system: You are a helpful assistant.
user:
Analyze the provided spectrum to determine if it is a **S-type Star**.

- **Key Indicators for S-type Star:**

    - **(Overall Spectrum Shape):** The first and most obvious characteristic is the overall continuum (the "baseline" shape). It is **extremely "red-sloping,"** meaning the flux (light intensity) is very low on the left side (blue, ~4000-4500 Å) and rises steeply and continuously toward the right side (red, ~7000 Å+).

    - **(Primary):** The spectrum is defined by the presence of strong, broad molecular absorption "valleys" (bands) from **Zirconium Oxide (ZrO)**. The identification of these bands is the **primary requirement** for classifying a star as S-type.
        - **(Key Bandheads):** You must find distinct, deep "dips" where the light has been absorbed. The most critical band systems to locate are:
            - **~6474 Å** ($\gamma$-system): This is often the strongest and clearest ZrO feature, found in the red part of the spectrum.
            - **~5718 Å** & **~5551 Å** ($\beta$-system): A pair of prominent absorption features in the yellow-orange part of the spectrum.
            - **~4640 Å** ($\alpha$-system): A key absorption band system in the blue-green region of the spectrum.

    - **(Secondary Confirmation):** The classification is strengthened by finding additional absorption bands from other related heavy element oxides, which are expected to be present alongside ZrO.
        - **(Key Bandheads):**
            - **Yttrium Oxide (YO):** Look for absorption dips near **~4800 Å** and **~6100 Å**.
            - **Lanthanum Oxide (LaO):** Additional absorption features, particularly in the red-orange part of the spectrum, are also characteristic.

    - **(Line Profile):** The combination of the steep red continuum and these numerous, deep molecular bands (ZrO, YO, etc.) gives the entire spectrum a very **"chopped-up"** or **"bumpy"** appearance. Instead of a smooth curve, the spectrum looks as though large, wide chunks of light have been "carved out" of it at the specific wavelengths listed above.

Think first, call **spectral_visualization_tool** if needed to examine features in detail, then provide your final answer. Your response must adhere to the following strict rules:
1.  **Overall Structure:** Your response must follow the format `<think>...</think> <tool_call>...</tool_call> (if a tool is used) <answer>...</answer>`.
2.  **Tool Usage Constraint:** You may only make **one** tool call per turn.
3.  **Final Answer Format:** In the `<answer>` tag, your conclusion must be inside a `\boxed{}` command (e.g., `\boxed{YES}` or `\boxed{NO}`), followed by your justification.

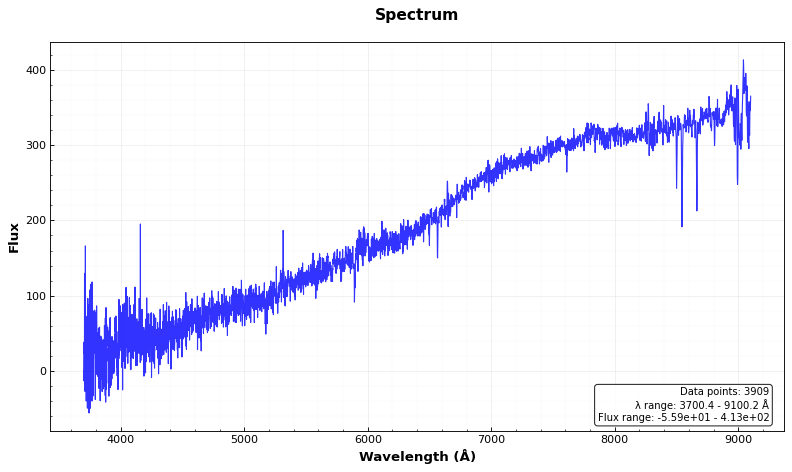
Answer: NO